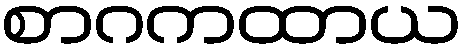
စာဂကထာယ